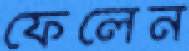
ফেলেন